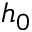
h _ { 0 }